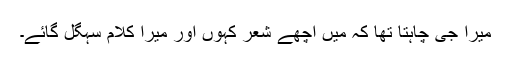
میرا جی چاہتا تھا کہ میں اچھے شعر کہوں اور میرا کلام سہگل گائے۔